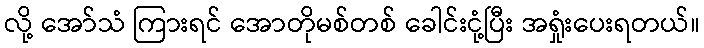
လို့ အော်သံ ကြားရင် အောတိုမစ်တစ် ခေါင်းငုံ့ပြီး အရှုံးပေးရတယ်။